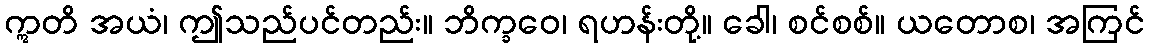
ဣတိ အယံ၊ ဤသည်ပင်တည်း။ ဘိက္ခဝေ၊ ရဟန်းတို့။ ခေါ၊ စင်စစ်။ ယတောစ၊ အကြင်